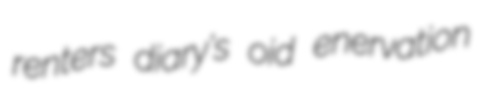
renters diary's oid enervation